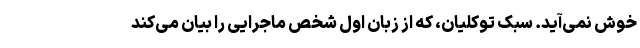
خوش نمی‌آید. سبک توکلیان، که از زبان اول شخص ماجرایی را بیان می‌کند